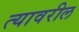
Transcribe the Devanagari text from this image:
त्‍यावरील